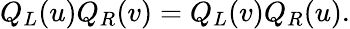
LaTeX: Q_{L}(u)Q_{R}(v)=Q_{L}(v)Q_{R}(u).